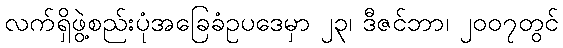
လက်ရှိဖွဲ့စည်းပုံအခြေခံဥပဒေမှာ ၂၃၊ ဒီဇင်ဘာ၊ ၂၀၀၇တွင်